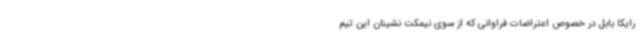
رایکا بابل در خصوص اعتراضات فراوانی که از سوی نیمکت نشینان این تیم